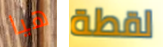
هيا لقطة